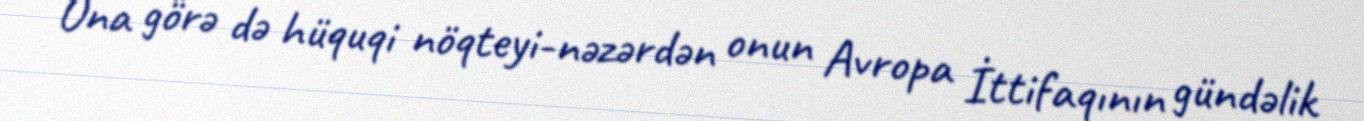
Ona görə də hüquqi nöqteyi-nəzərdən onun Avropa İttifaqının gündəlik